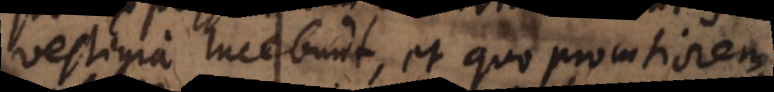
vestigia lucebunt, et quo promtiorem